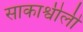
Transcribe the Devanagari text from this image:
साकाश्वीली